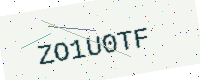
Text: ZO1U0TF